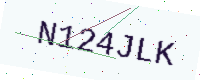
Text: N124JLK